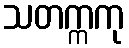
သတက္ကကု